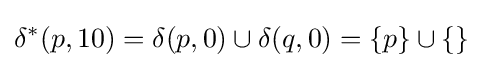
\delta ^{*}(p,10)=\delta (p,0)\cup \delta (q,0)=\{p\}\cup \{\}